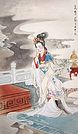
别来春半，触目柔肠断。